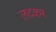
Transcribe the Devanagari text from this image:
लदकर